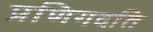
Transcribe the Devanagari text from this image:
प्रणिगदति